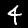
Digit: 4